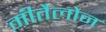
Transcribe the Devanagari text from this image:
मीतैलोन